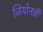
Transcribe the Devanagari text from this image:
जियोनन्नी